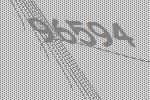
96594